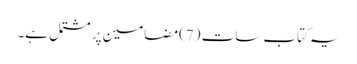
یہ کتاب سات (7)مضامین پر مشتمل ہے۔